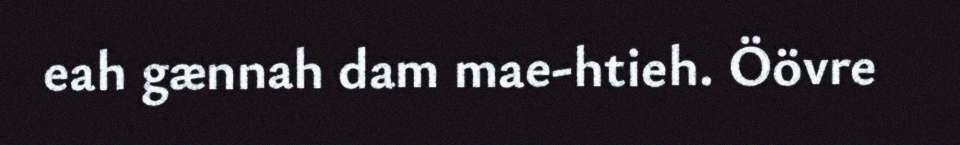
eah gænnah dam mae-htieh. Öövre